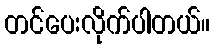
တင်ပေးလိုက်ပါတယ်။